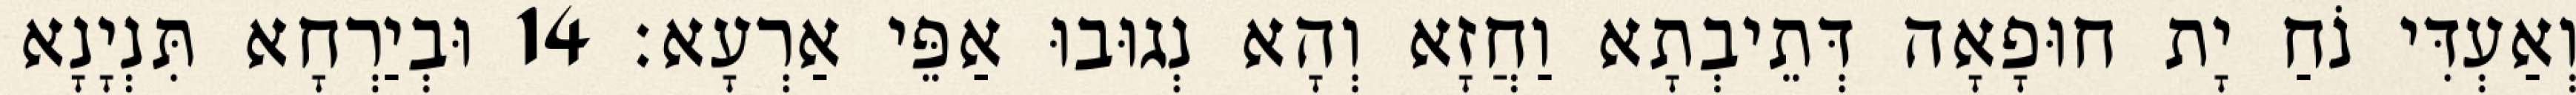
וְאַעְדִּי נֹחַ יָת חוּפָאָה דְּתֵיבְתָא וַחֲזָא וְהָא נְגוּבוּ אַפֵּי אַרְעָא׃ 14 וּבְיַרְחָא תִּנְיָנָא